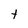
Character: t